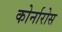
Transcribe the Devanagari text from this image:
कोर्नारोस